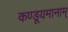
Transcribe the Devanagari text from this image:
कण्डूयमानाम्